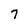
Character: 7